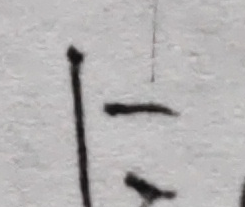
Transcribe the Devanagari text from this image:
न